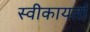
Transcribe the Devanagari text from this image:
स्वीकायर्ता